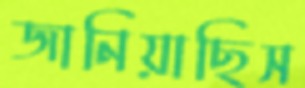
জানিয়াছিস